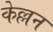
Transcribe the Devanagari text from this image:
केल्लन